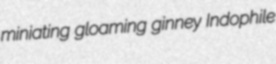
miniating gloaming ginney Indophile